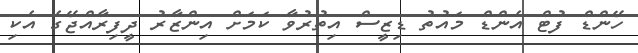
ހޭންޑް ފުޓް އެންޑް މައުތު ޑިޒީސް އިތުރުވާ ކަމަށް އިންޒާރު ދީފިރާއްޖޭގެ އެކި